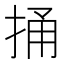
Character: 捅